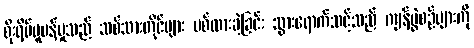
စိုးရိမ်ပူပန်မှုသည် သစ်သားတိုင်များ ပစ်ထားခဲ့ခြင်း သွားရောက်သင့်သည် ကျန်ပွဲစဉ်များကို